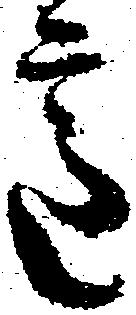
意